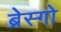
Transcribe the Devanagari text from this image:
ब्रेस्गो